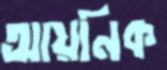
আয়নিক